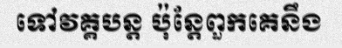
ទៅវគ្គបន្ត ប៉ុន្តែពួកគេនឹង